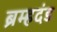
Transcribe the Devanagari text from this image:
ब्रम्हदंड